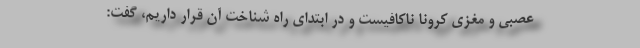
عصبی و مغزی کرونا ناکافیست و در ابتدای راه شناخت آن قرار داریم، گفت: